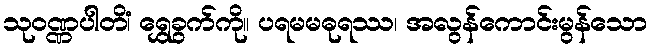
သုဝဏ္ဏပါတိံ၊ ရွှေခွက်ကို။ ပရမမဓုရဿ၊ အလွန်ကောင်းမွန်သော